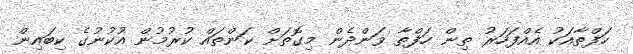
ހަފްތާއަކު އެއްފަހަރު ތިން ހަފްތާ ވަންދެން މިގޮތަށް ކަންތައް ކުރުުމުން އުކުނުގެ ކިބައިން